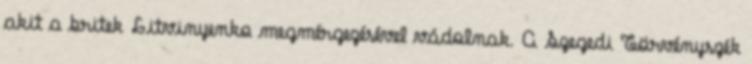
akit a britek Litvinyenko megmérgezésével vádolnak. A Szegedi Törvényszék